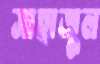
সাহাজুল